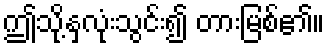
ဤသို့နှလုံးသွင်း၍ တားမြစ်၏။